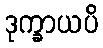
ဒုက္ခာယပိ